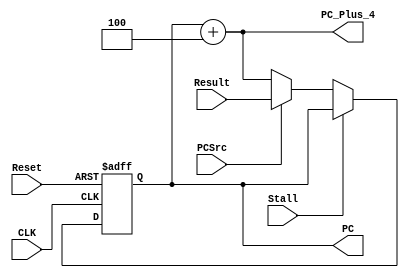
module ProgramCounter(
    input CLK,
    input Reset,
    input PCSrc,
    input [31:0] Result,
    input Stall,

    output reg [31:0] PC,
    output [31:0] PC_Plus_4
); 

//fill your Verilog code here
wire [31:0] next_PC;
assign next_PC = PCSrc ? Result: PC_Plus_4;

always @(posedge CLK or posedge Reset) begin
    if(Reset)  begin
        PC <= 32'd0;
    end
    else begin
        if(Stall)    begin
            PC <= PC;
        end
        else begin
            PC <= next_PC;
        end
    end
end

assign PC_Plus_4 = PC + 3'd4;

endmodule